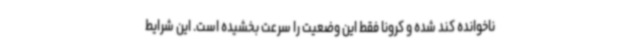
ناخوانده کند شده و کرونا فقط این وضعیت را سرعت بخشیده است. این شرایط